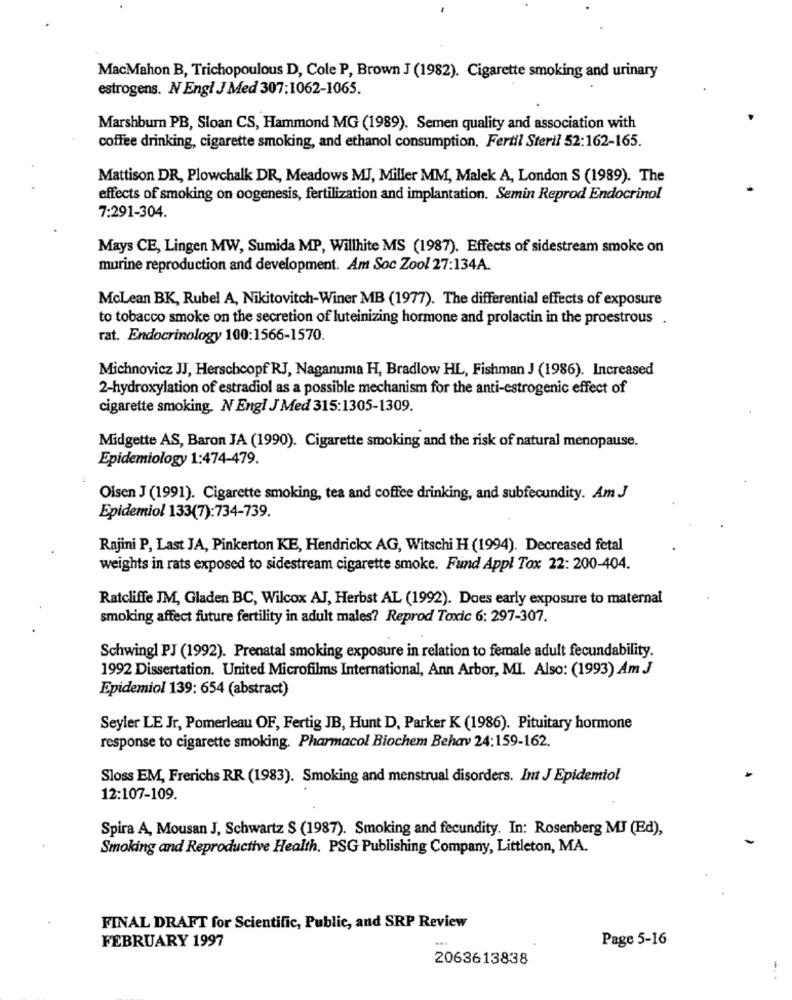
MacMahon B, Trichopoulous D, Cole P, Brown J (1982). Cigarette smoking and urinary
estrogens. N Engl J Med 307:1062-1065.
Marshburn PB, Sloan CS, Hammond MG (1989). Semen quality and association with
coffee drinking, cigarette smoking, and ethanol consumption, Fertil Steril 52:162-165.
Mattison DR, Plowchalk DR, Meadows MJ, Miller MM, Malek A, London S (1989). The
effects of smoking on oogenesis, fertilization and implantation. Semin Reprod Endocrinol
7:291-304.
Mays CE, Lingen MW, Sumida MP, Willhite MS (1987). Effects of sidestream smoke on
murine reproduction and development. Am Soc Zool 27:134A.
McLean BK, Rubel A, Nikitovitch-Winer MB (1977). The differential effects of exposure
to tobacco smoke on the secretion of luteinizing hormone and prolactin in the proestrous .
rat. Endocrinology 100:1566-1570.
Michnovicz JJ, Herschcopf RJ, Naganuma H, Bradlow HL, Fishman J (1986). Increased
2-hydroxylation of estradiol as a possible mechanism for the anti-estrogenic effect of
cigarette smoking. N Engl J Med 315:1305-1309.
Midgette AS, Baron JA (1990). Cigarette smoking and the risk of natural menopause.
Epidemiology 1:474-479.
Olsen J (1991). Cigarette smoking, tea and coffee drinking, and subfecundity. Am J
Epidemiol 133(7):734-739.
Rajini P, Last JA, Pinkerton KE, Hendrickx AG, Witschi H (1994). Decreased fetal
weights in rats exposed to sidestream cigarette smoke. Fund Appl Tox 22: 200-404.
Ratcliffe JM, Gladen BC, Wilcox AJ, Herbst AL (1992). Does early exposure to maternal
smoking affect future fertility in adult males? Reprod Toxic 6: 297-307.
Schwing1 PJ (1992). Prenatal smoking exposure in relation to female adult fecundability.
1992 Dissertation. United Microfilms International, Ann Arbor, MI. Also: (1993) Am J
Epidemiol 139: 654 (abstract)
Seyler LE Jr, Pomerleau OF, Fertig JB, Hunt D, Parker K (1986). Pituitary hormone
response to cigarette smoking. Pharmacol Biochem Behav 24:159-162.
Sloss EM, Frerichs RR (1983). Smoking and menstrual disorders. Int J Epidemiol
12:107-109.
Spira A, Mousan J, Schwartz S (1987). Smoking and fecundity. In: Rosenberg MJ (Ed),
Smoking and Reproductive Health. PSG Publishing Company, Littleton, MA.
FINAL DRAFT for Scientific, Public, and SRP Review
Page 5-16
FEBRUARY 1997
2063613838